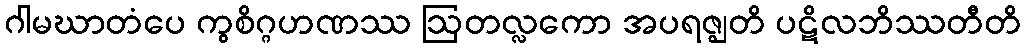
ဂါမဃာတံပေ ကွစိဂ္ဂဟဏဿ ဩတလ္လကော အပရဇ္ဈတိ ပဋိလဘိဿတီတိ